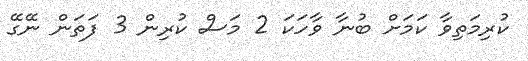
ކުރިމަތިވާ ކަމަށް ބުނާ ވާހަކަ 2 މަސް ކުރިން 3 ފަތަން ނޭގޭ